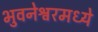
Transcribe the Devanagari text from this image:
भुवनेश्वरमध्ये